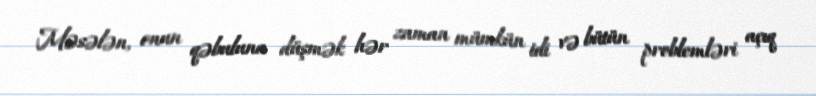
Məsələn, onun qəbuluna düşmək hər zaman mümkün idi və bütün problemləri açıq